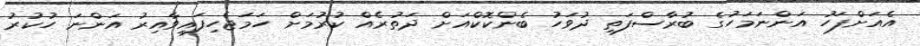
އެއަށްފަހު އަންނަމަހުގެ ބުރާސްފަތި ދުވަހު ބެންކޮކްއަށް ދަތުރެއް ކުރުމަށް ހަމަޖެހިފައިވާއިރު އަންނަ ހުކުރު